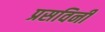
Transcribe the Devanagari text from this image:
प्रसविनी